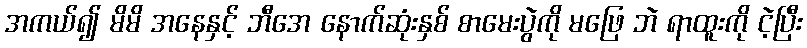
အကယ်၍ မိမိ အနေနှင့် ဘီအေ နောက်ဆုံးနှစ် စာမေးပွဲကို မဖြေ ဘဲ ရာထူးကို ငဲ့ပြီး